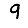
Digit: 9